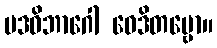
ပဒဝိဘာဂေါ ဝေဒိတဗ္ဗော။